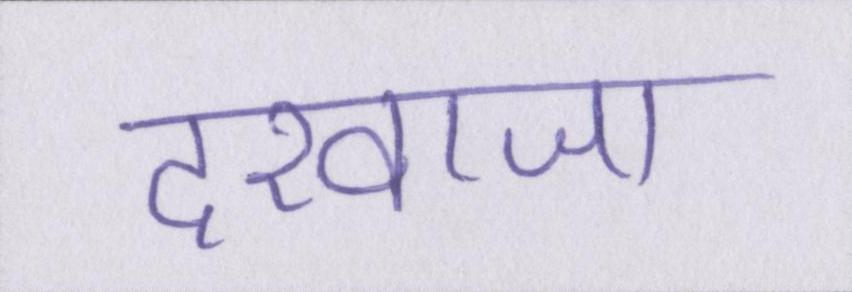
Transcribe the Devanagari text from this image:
दरवाजा